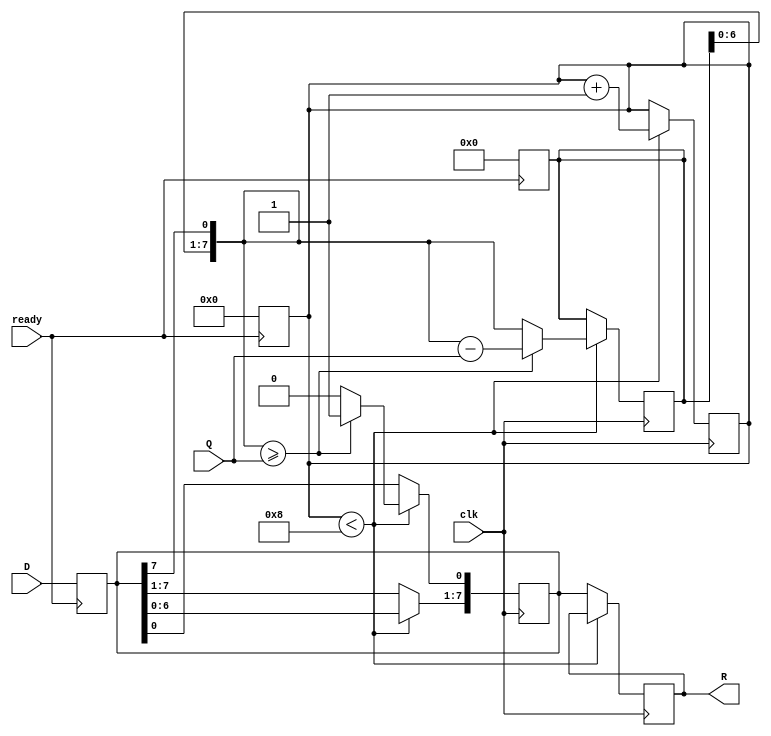
module Divison(Q,D,R,clk,ready);
input [7:0] D,Q;
output reg[7:0] R;
reg[7:0] temp,tempD;
input clk,ready;
reg[3:0] count;
always @(posedge ready) begin
    tempD<=D;
    count<=4'b0000;
    temp<=8'b00000000;
end
always @(posedge clk) begin
    if(count<8)begin
      temp=temp<<1;
      temp[0]=tempD[7];
      tempD=tempD<<1;
      if(temp>=Q)begin
        temp=temp-Q;
        tempD[0]=1'b1;
      end
      else begin
        tempD[0]=1'b0;
      end
      count=count+1;
    end
    else begin
      R=tempD;
    end
end
endmodule